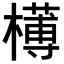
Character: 𣝍